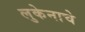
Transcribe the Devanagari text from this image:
लुकेनाचे